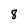
Character: 8